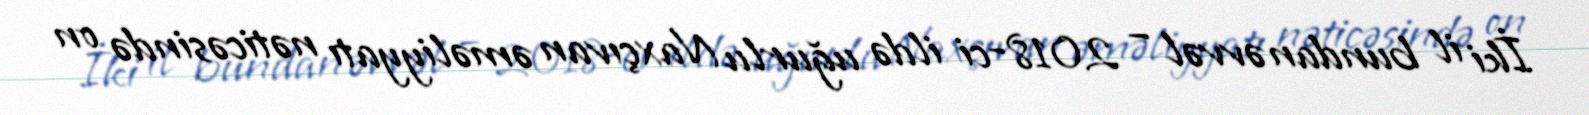
İki il bundan əvvəl – 2018-ci ildə uğurlu Naxçıvan əməliyyatı nəticəsində on